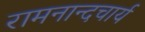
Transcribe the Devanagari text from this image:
रामनान्दचार्य